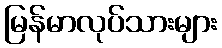
မြန်မာလုပ်သားများ